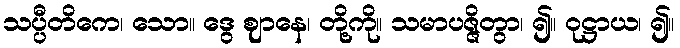
သပ္ပီတိကေ၊ သော။ ဒွေ ဈာနေ၊ တို့ကို။ သမာပဇ္ဇိတွာ၊ ၍။ ဝုဋ္ဌာယ၊ ၍။